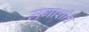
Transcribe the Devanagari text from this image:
मृगाशीच